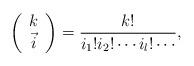
LaTeX: \begin{align*} \left(\begin{array}{c} k\\ \vec{i}\end{array}\right)=\frac{k!}{i_1!i_2!\cdots i_l!\cdots},\end{align*}